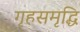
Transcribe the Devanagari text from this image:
गृहसमृद्धि